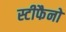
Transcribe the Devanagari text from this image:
स्टीफैनो